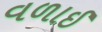
વળાઈ